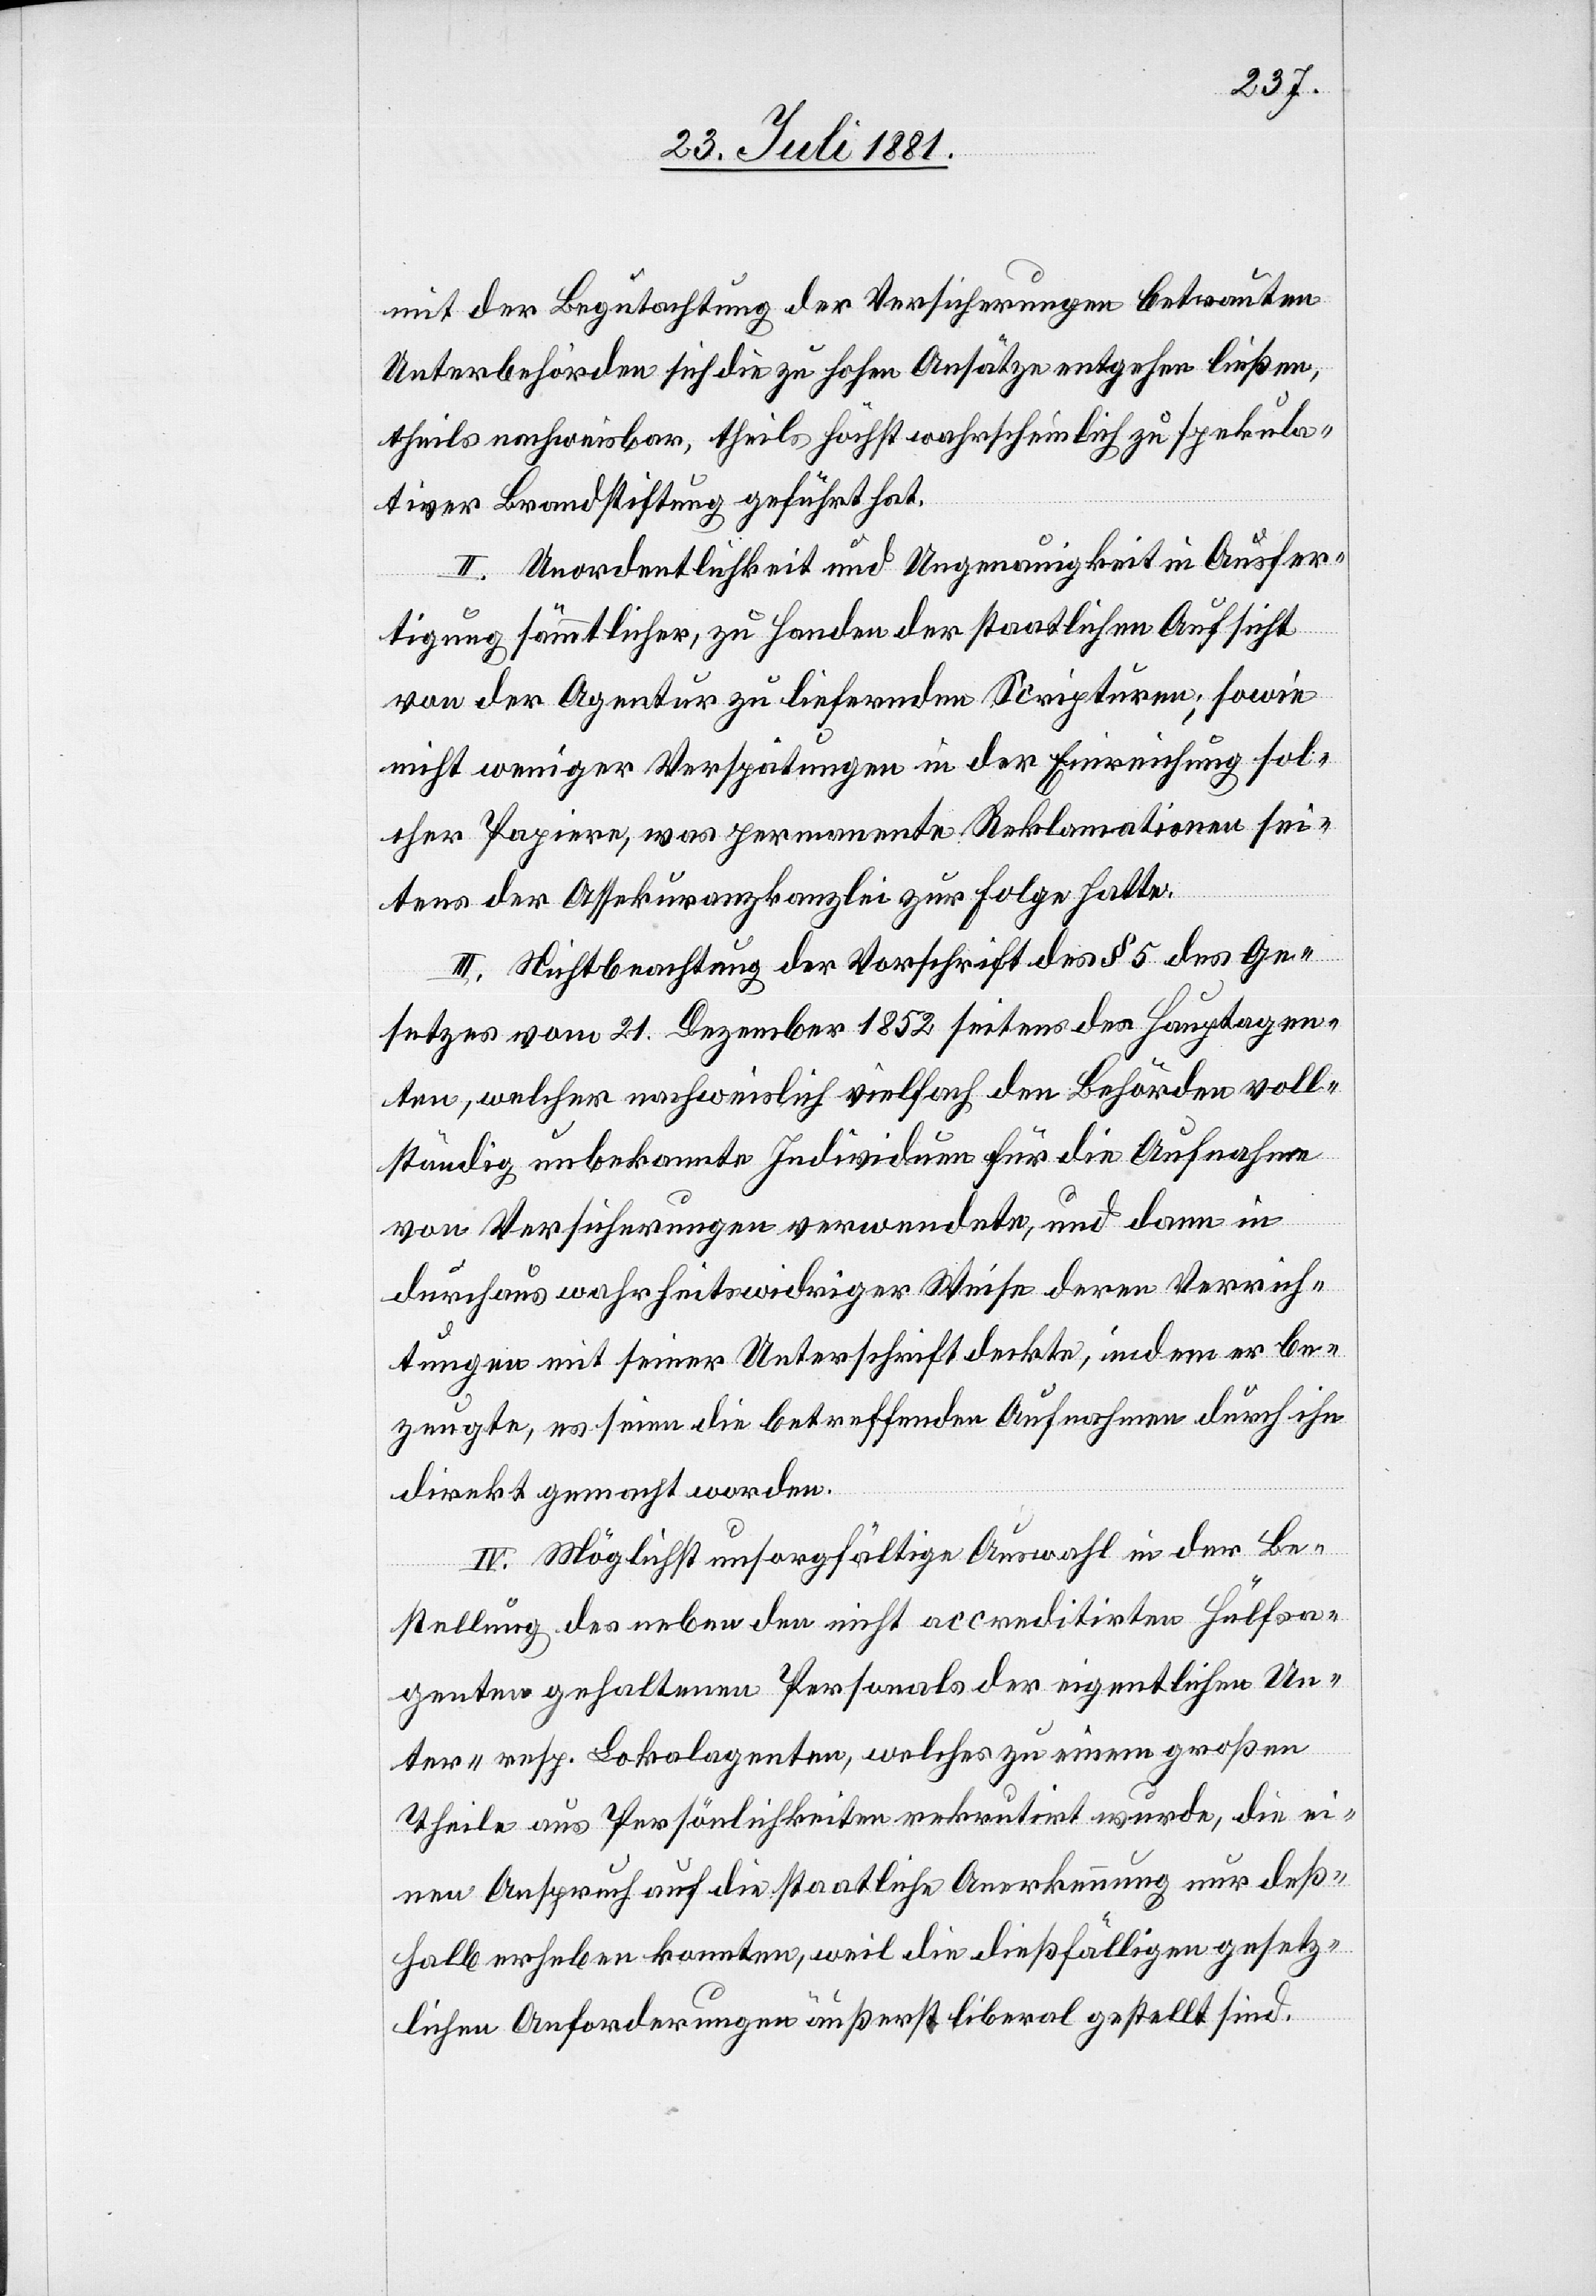
mit der Begutachtung der Versicherungen betrauten
Unterbehörden sich die zu hohen Ansätze entgehen ließen,
theils nachweisbar, theils höchst wahrscheinlich zu spekula¬
tiver Brandstiftung geführt hat.
II. Unordentlichkeit und Ungenauigkeit in Ausfer¬
tigung sämmtlicher, zu Handen der staatlichen Aufsicht
von der Agentur zu liefernden Scripturen, sowie
nicht weniger Verspätungen in der Einreichung sol¬
cher Papiere, was permanente Reklamationen sei¬
tens der Assekuranzkanzlei zur Folge hatte.
III. Nichtbeachtung der Vorschrift des § 5 des Ge¬
setzes vom 21. Dezember 1852 seitens des Hauptagen¬
ten, welcher nachweislich vielfach den Behörden voll¬
ständig unbekannte Individuen für die Aufnahme
von Versicherungen verwendete, und dann in
durchaus wahrheitswidriger Weise deren Verrich¬
tungen mit seiner Unterschrift deckte, indem er be¬
zeugte, es seien die betreffenden Aufnahmen durch ihn
direkt gemacht worden.
IV. Möglichst unsorgfältige Auswahl in der Be¬
stellung des neben den nicht accreditirten Hülfsa¬
genten gehaltenen Personals der eigentlichen Un¬
ter- resp. Lokalagenten, welches zu einem großen
Theile aus Persönlichkeiten rekrutirt wurde, die ei¬
nen Anspruch auf die staatliche Anerkennung nur deß¬
halb erheben konnten, weil die dießfälligen gesetz¬
lichen Anforderungen äußerst liberal gestellt sind.